Senior Leaving Certificate Examination (including Day School Certificate (Higher) General paper), 1946
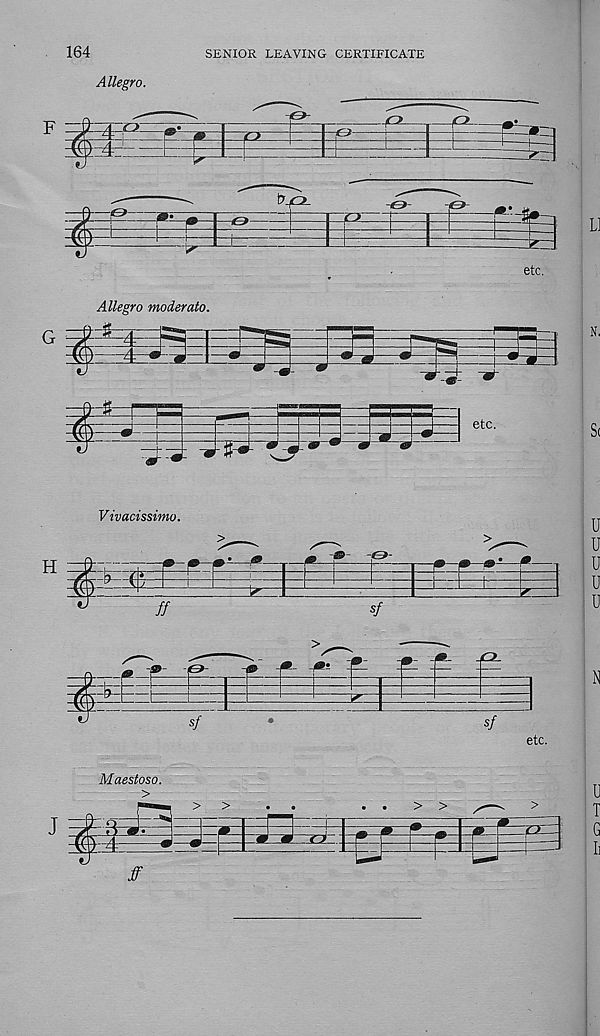
164
SENIOR LEAVING CERTIFICATE
Allegro.
etc.
G
Allegro moderato.
t=g= it
3
etc.
-3^-
* ” 0
etc.
Maestoso.
>
ff